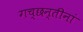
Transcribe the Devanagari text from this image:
गच्छन्तीनां